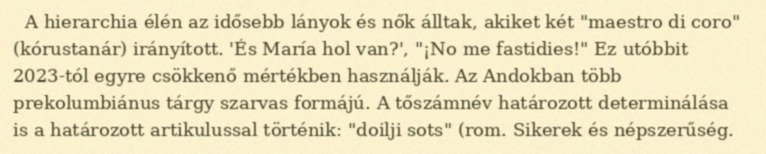
A hierarchia élén az idősebb lányok és nők álltak, akiket két "maestro di coro" (kórustanár) irányított. 'És María hol van?', "¡No me fastidies!" Ez utóbbit 2023-tól egyre csökkenő mértékben használják. Az Andokban több prekolumbiánus tárgy szarvas formájú. A tőszámnév határozott determinálása is a határozott artikulussal történik: "doilji sots" (rom. Sikerek és népszerűség.